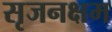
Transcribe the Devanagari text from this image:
सृजनक्षम